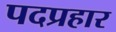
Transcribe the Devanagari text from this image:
पदप्रहार